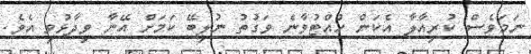
ނަމަވެސް ކުރިއާލާ އެކަން ހުއްޓުވާނެ ވަގުތު ނުލިބޭ ކަމަށް އޭނާ ވިދާޅުވި އެވެ.